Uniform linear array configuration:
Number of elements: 12
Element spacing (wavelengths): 0.75
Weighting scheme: exponential
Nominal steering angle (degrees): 30
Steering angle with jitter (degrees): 28.306
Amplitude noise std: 0.05
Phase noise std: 0.05

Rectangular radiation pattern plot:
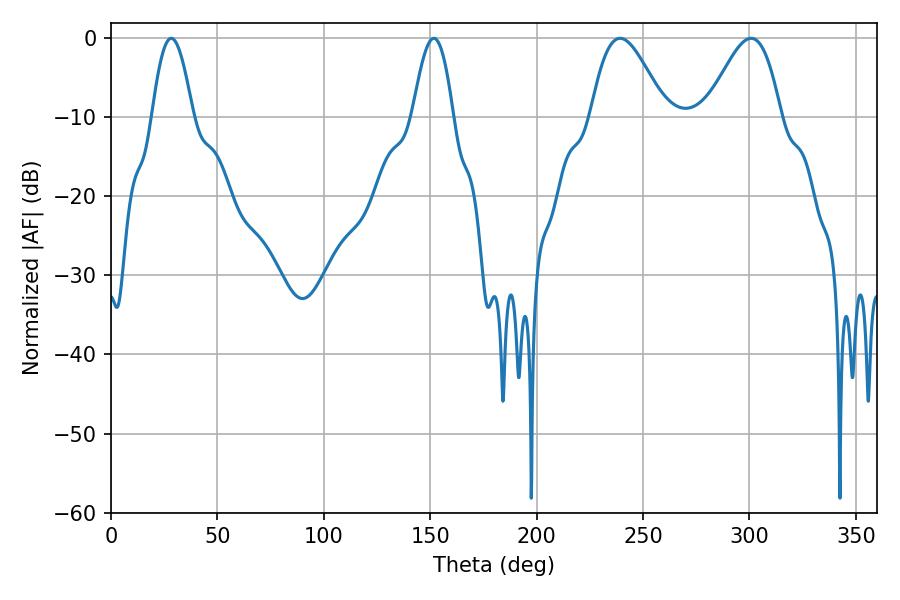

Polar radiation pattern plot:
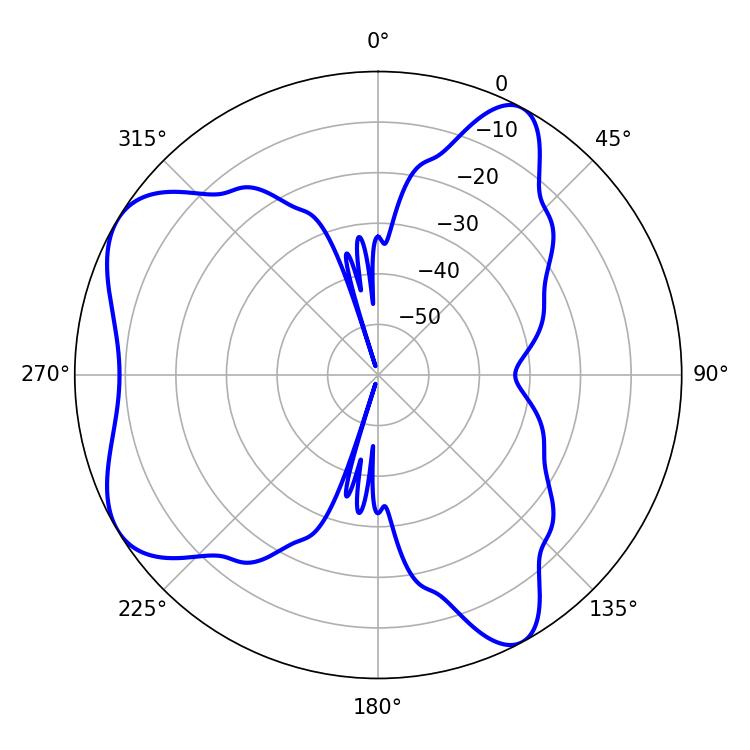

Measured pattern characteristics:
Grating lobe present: TRUE
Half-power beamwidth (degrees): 18.72
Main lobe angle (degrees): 239.22